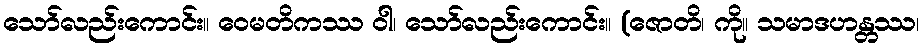
သော်လည်းကောင်း။ ဝေမတိကဿ ဝါ၊ သော်လည်းကောင်း။ (ဇောတိ၊ ကို။ သမာဒဟန္တဿ၊